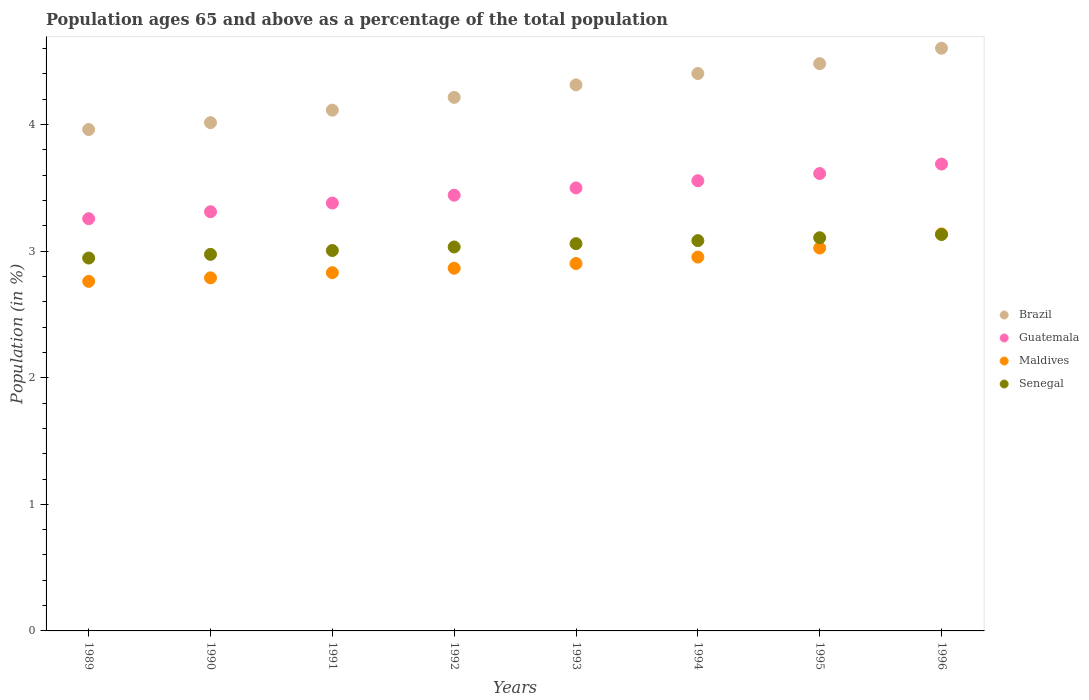
| Years | Brazil | Guatemala | Maldives | Senegal |
 | --- | --- | --- | --- | --- |
 | 1989 | 3.96 | 3.26 | 2.76 | 2.95 |
 | 1990 | 4.02 | 3.31 | 2.79 | 2.97 |
 | 1991 | 4.11 | 3.38 | 2.83 | 3.01 |
 | 1992 | 4.21 | 3.44 | 2.87 | 3.03 |
 | 1993 | 4.31 | 3.5 | 2.9 | 3.06 |
 | 1994 | 4.4 | 3.56 | 2.95 | 3.08 |
 | 1995 | 4.48 | 3.61 | 3.02 | 3.11 |
 | 1996 | 4.6 | 3.69 | 3.14 | 3.13 |